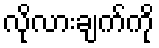
လိုလားချက်ကို